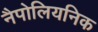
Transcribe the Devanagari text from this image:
नैपोलियनिक